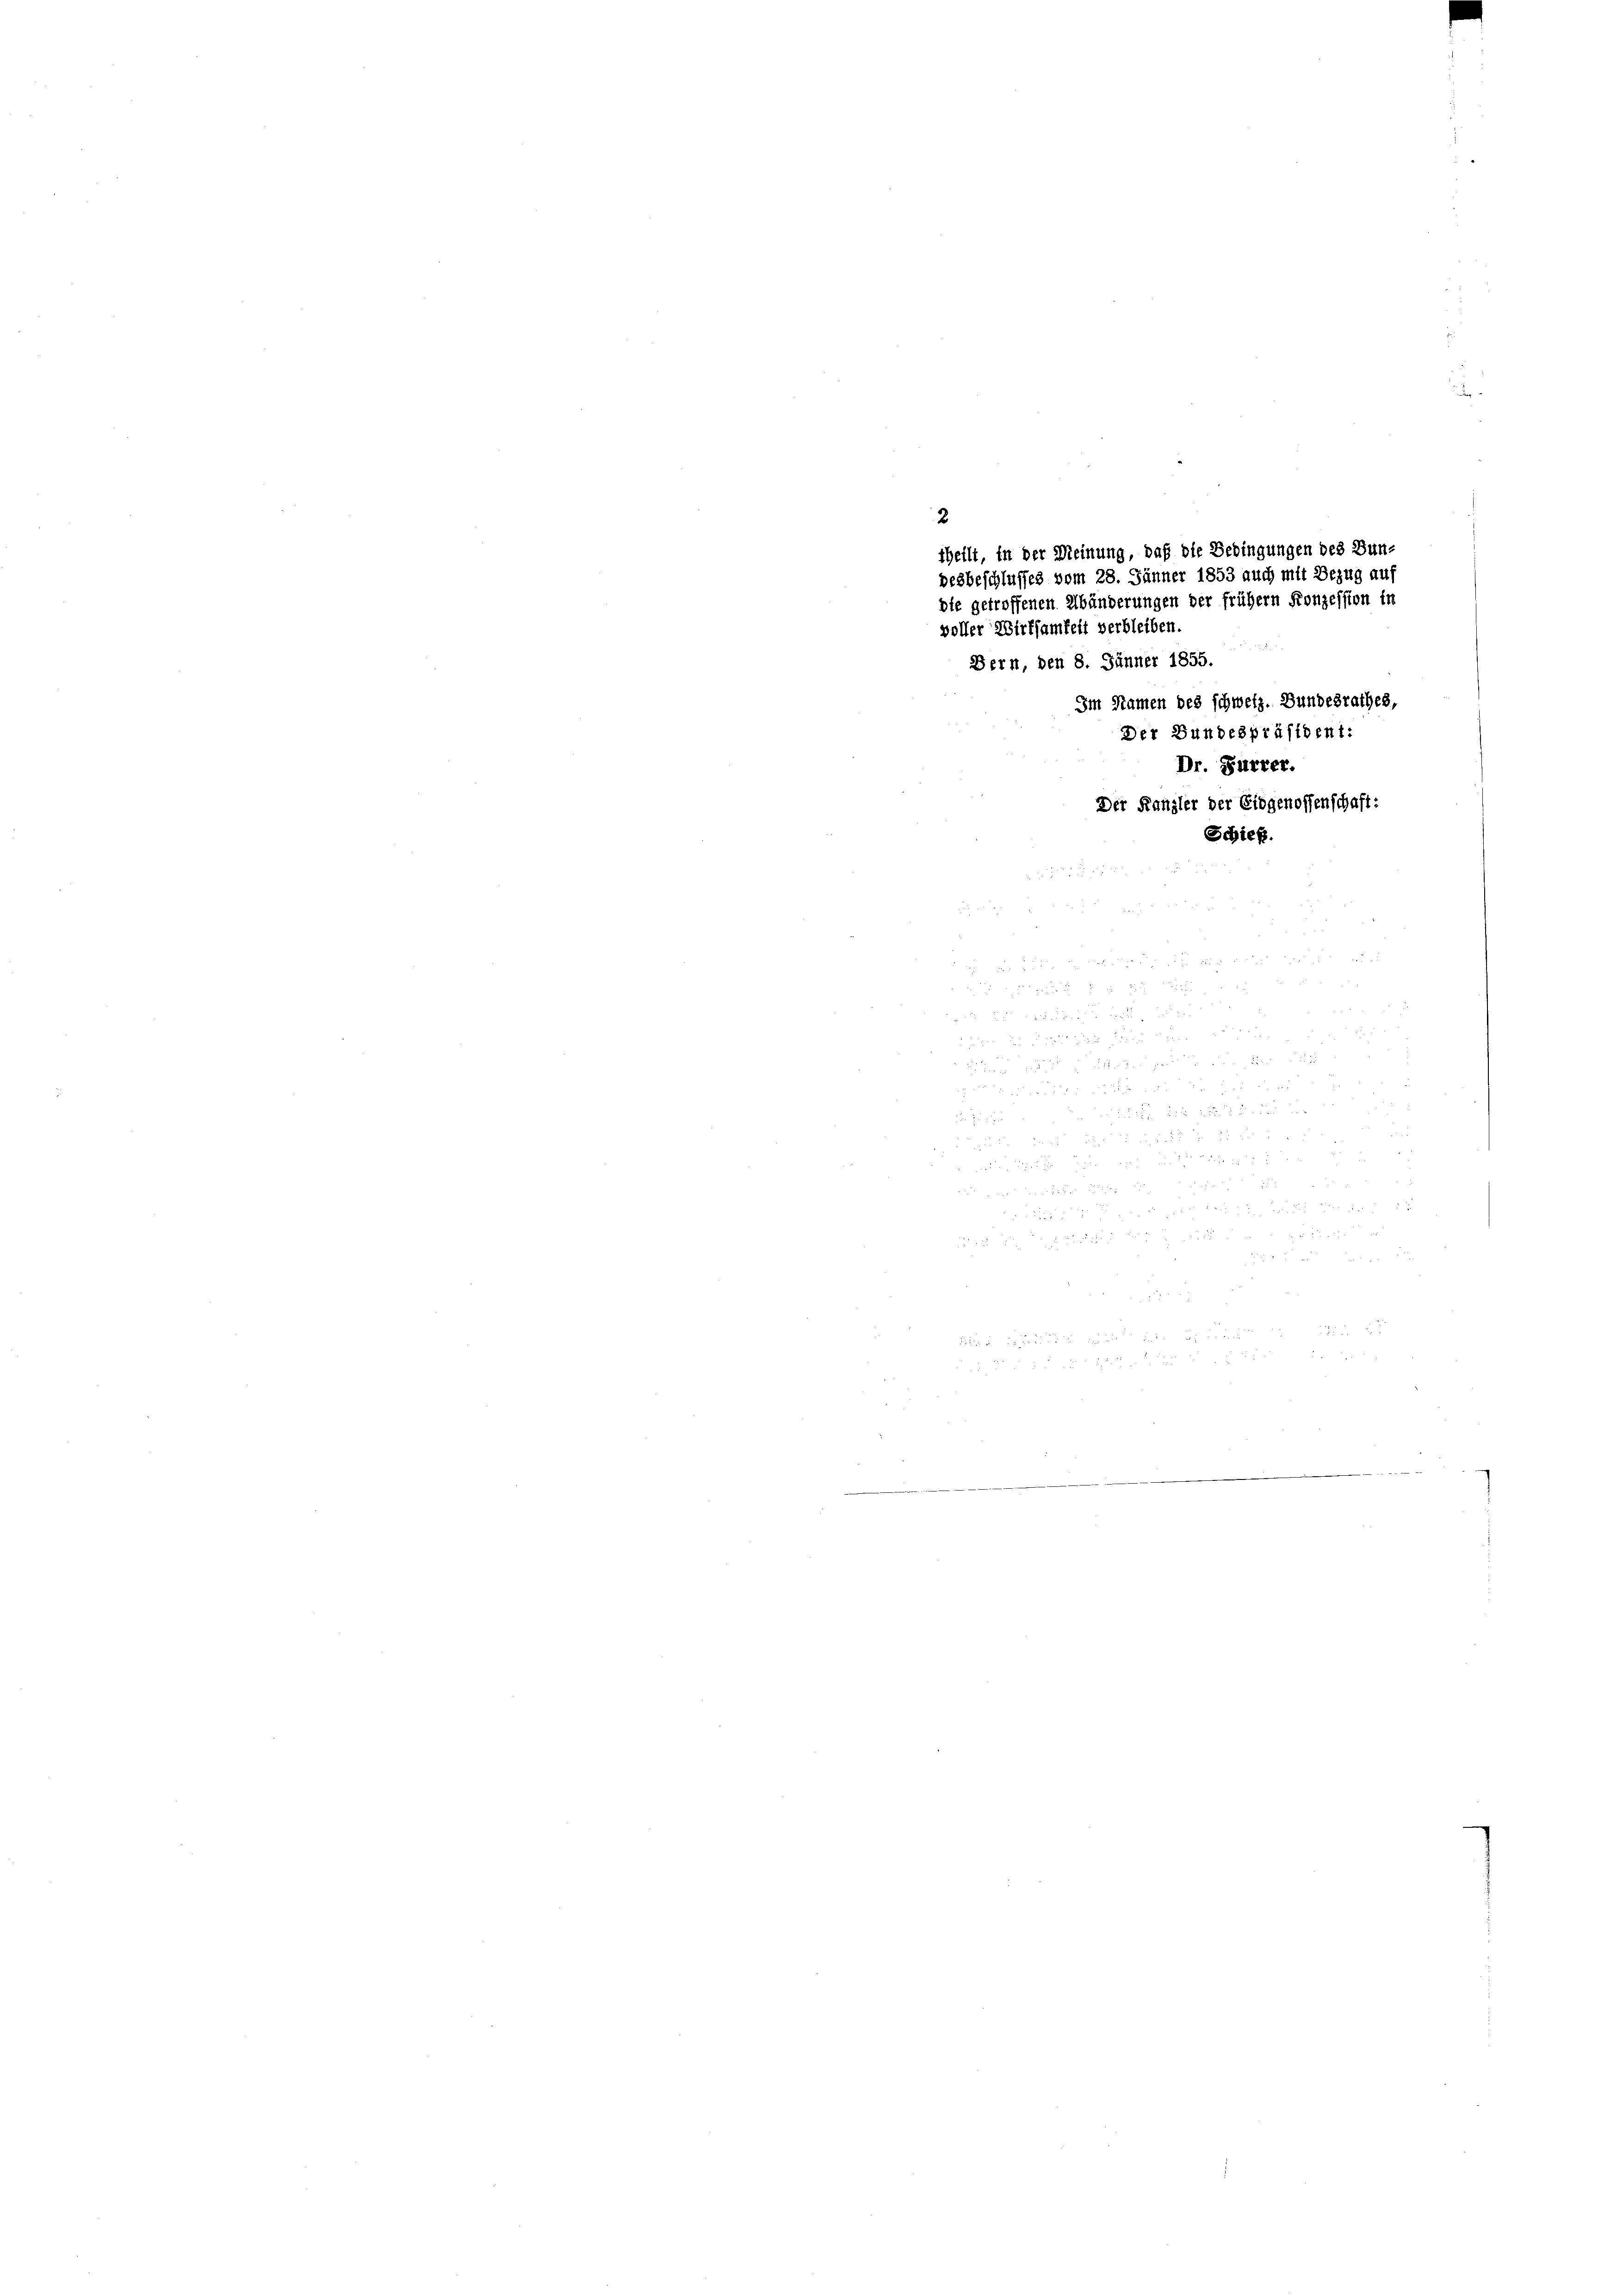
Im Namen des schweiz. Bundesrathes
Der Bundespräsident:
Dr. Furrer.
Der Kanzler der Eidgenossenschaft:

e
e
2

theilt, in der Meinung, daß die Bedingungen des Bundesbeschlusses vom 28. Jänner 1853 auch mit Bezug auf
die getroffenen Abänderungen der frühem Konzession in
voller Wirksamkeit verbleiben.

e

Bern, den 8. Jänner 1855.
e

Schieß.

 15 x

 0 f 4 x
 x 1441
25

 xx

e

25

48 x
2
f 5 x